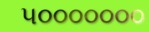
૫૦૦૦૦૦૦૦